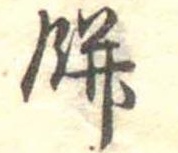
餅